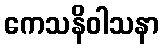
ကေသနိဝါသနာ